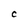
Character: C